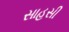
સાહસી